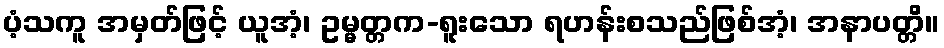
ပံ့သကူ အမှတ်ဖြင့် ယူအံ့၊ ဥမ္မတ္တက-ရူးသော ရဟန်းစသည်ဖြစ်အံ့၊ အနာပတ္တိ။